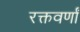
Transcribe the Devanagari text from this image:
रक्तवर्णां